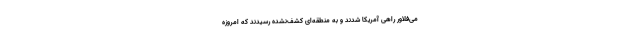
می‌فلاور راهی آمریکا شدند و به منطقه‌ای کشف‌نشده رسیدند که امروزه